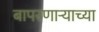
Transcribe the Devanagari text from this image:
बापरणार्‍याच्या